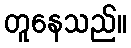
တူနေသည်။